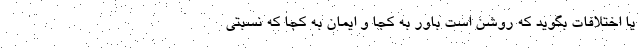
یا اختلافات بگوید که روشن است باور به کجا و ایمان به کجا که نسبتی